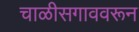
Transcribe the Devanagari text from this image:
चाळीसगाववरून